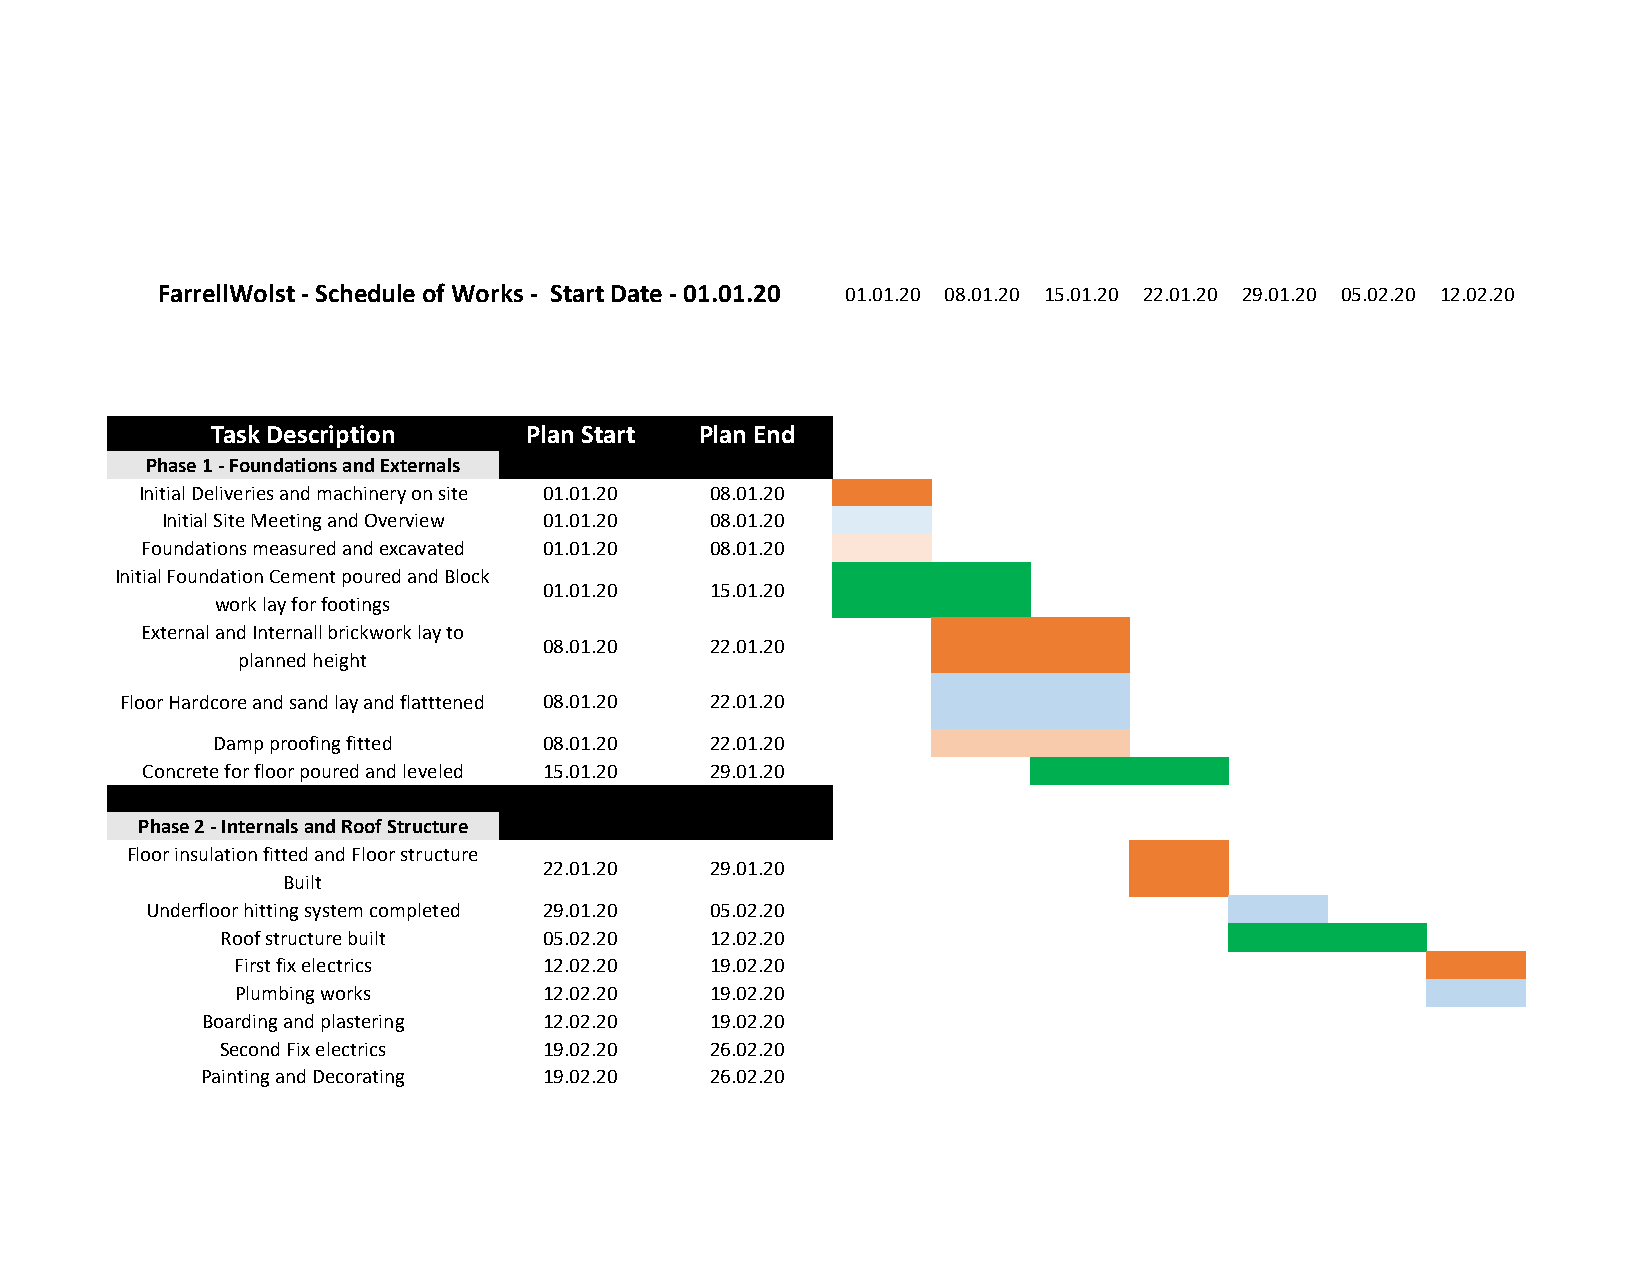
FarrellWolst - Schedule of Works - Start Date - 01.01.20 01.01.20 08.01.20 15.01.20 22.01.20 29.01.20 05.02.20 12.02.20
 Task Description     Plan Start Plan End
 Phase 1 - Foundations and Externals
 Initial Deliveries and machinery on site 01.01.20 08.01.20
 Initial Site Meeting and Overview 01.01.20 08.01.20
 Foundations measured and excavated 01.01.20 08.01.20
 Initial Foundation Cement poured and Block
 01.01.20   15.01.20
 work lay for footings
 External and Internall brickwork lay to
 08.01.20   22.01.20
 planned height
 Floor Hardcore and sand lay and flatttened 08.01.20 22.01.20
 Damp proofing fitted  08.01.20   22.01.20
 Concrete for floor poured and leveled 15.01.20 29.01.20
 Phase 2 - Internals and Roof Structure
 Floor insulation fitted and Floor structure
 22.01.20   29.01.20
 Built
 Underfloor hitting system completed 29.01.20 05.02.20
 Roof structure built 05.02.20   12.02.20
 First fix electrics 12.02.20   19.02.20
 Plumbing works      12.02.20   19.02.20
 Boarding and plastering 12.02.20  19.02.20
 Second Fix electrics 19.02.20   26.02.20
 Painting and Decorating 19.02.20  26.02.20